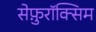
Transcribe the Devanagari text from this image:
सेफ़ुरॉक्सिम